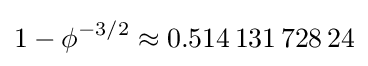
1-\phi ^{-3/2}\approx 0.514\,131\,728\,24